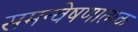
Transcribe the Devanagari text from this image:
समन्वेषणात्मक